Problem: 14 + 29 = ?
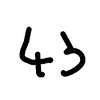
Handwritten answer: 43